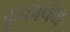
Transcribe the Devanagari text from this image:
कूकापंथ